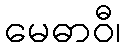
မေဓာဝီ၊